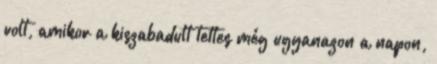
volt, amikor a kiszabadult tettes még ugyanazon a napon,